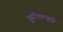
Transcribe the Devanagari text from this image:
कुरियरकुट्टी